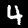
Label: 4